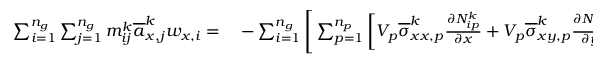
\begin{array} { r l } { \sum _ { i = 1 } ^ { n _ { g } } \sum _ { j = 1 } ^ { n _ { g } } m _ { i j } ^ { k } \overline { { a } } _ { x , j } ^ { k } w _ { x , i } = } & { { } - \sum _ { i = 1 } ^ { n _ { g } } \Bigg [ \sum _ { p = 1 } ^ { n _ { p } } \bigg [ V _ { p } \overline { { \sigma } } _ { x x , p } ^ { k } \frac { \partial N _ { i p } ^ { k } } { \partial x } + V _ { p } \overline { { \sigma } } _ { x y , p } ^ { k } \frac { \partial N _ { i p } ^ { k } } { \partial y } \bigg ] \Bigg ] w _ { x , i } } \end{array}